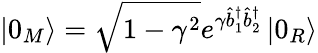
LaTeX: \left\vert 0_{M}\right\rangle=\sqrt{1-\gamma^{2}}e^{\gamma\hat{b}_{1}^{\dagger}\hat{b}_{2}^{\dagger}}\left\vert 0_{R}\right\rangle